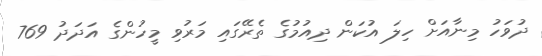
ދުވަހު މިނާއަށް ހިލަ އުކަން ދިއުމުގެ ތެރޭގައި މަރުވި މީހުންގެ އަދަދު 769